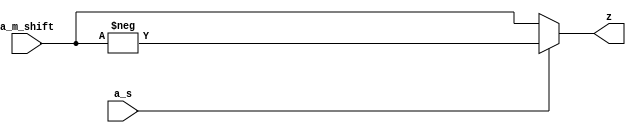
`define SIMULATION_MEMORY
//`define SIMULATION_addfp
`define VECTOR_DEPTH 64 //Q,K,V vector size
`define DATA_WIDTH 16
`define VECTOR_BITS 1024 // 16 bit each (16x64)
`define NUM_WORDS 32   //num of words in the sentence
`define BUF_AWIDTH 4 //16 entries in each buffer ram
`define BUF_LOC_SIZE 4 //4 words in each addr location
`define OUT_RAM_DEPTH 512 //512 entries in output bram
//`define EXPONENT 8
//`define MANTISSA 7
`define EXPONENT 5
`define MANTISSA 10
`define SIGN 1
`define DWIDTH (`SIGN+`EXPONENT+`MANTISSA)
`define DEFINES_DONE
`define DATAWIDTH (`SIGN+`EXPONENT+`MANTISSA)
`define IEEE_COMPLIANCE 1
`define NUM 4
`define ADDRSIZE 4

module two_comp_t (
  input [27:0] a_m_shift,
  input a_s,
  output [27:0] z);

assign z = a_s ? -a_m_shift : a_m_shift; // 2's complement

endmodule